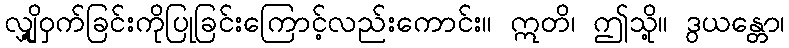
လျှို့ဝှက်ခြင်းကိုပြုခြင်းကြောင့်လည်းကောင်း။ ဣတိ၊ ဤသို့။ ဒွယန္တော၊